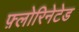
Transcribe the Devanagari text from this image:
फ़्लोरिनेटेड